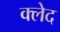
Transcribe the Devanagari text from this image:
क्‍लेद